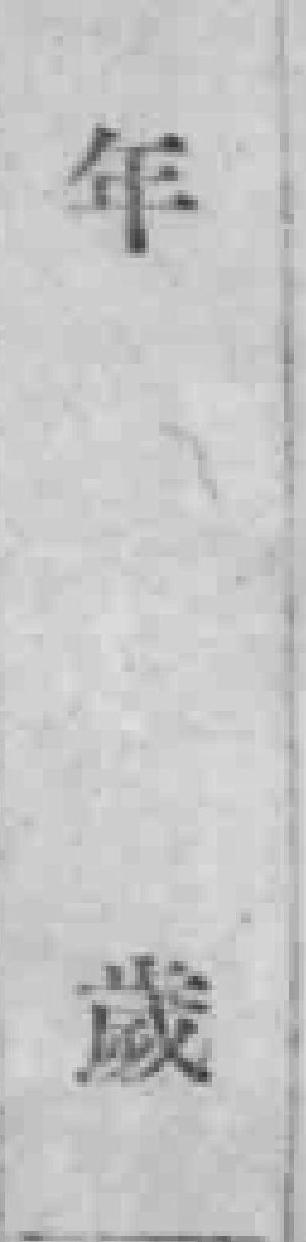
年嵗